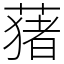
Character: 蕏